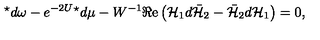
{ } ^ { \star } d \omega - e ^ { - 2 U } { } ^ { \star } d \mu - W ^ { - 1 } \Re \mathrm { e } \left( { \cal H } _ { 1 } d \bar { \cal H } _ { 2 } - \bar { \cal H } _ { 2 } d { \cal H } _ { 1 } \right) = 0 ,